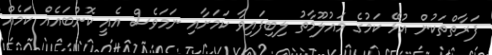
ފަރާތްތަކުން އުޅޭ ކަމުގެ މައުލޫމާތު ލިބިފައިވާ ކަމަށާއި ނަމަވެސް އެއީ ކޮންބައެއް ކަމެއް